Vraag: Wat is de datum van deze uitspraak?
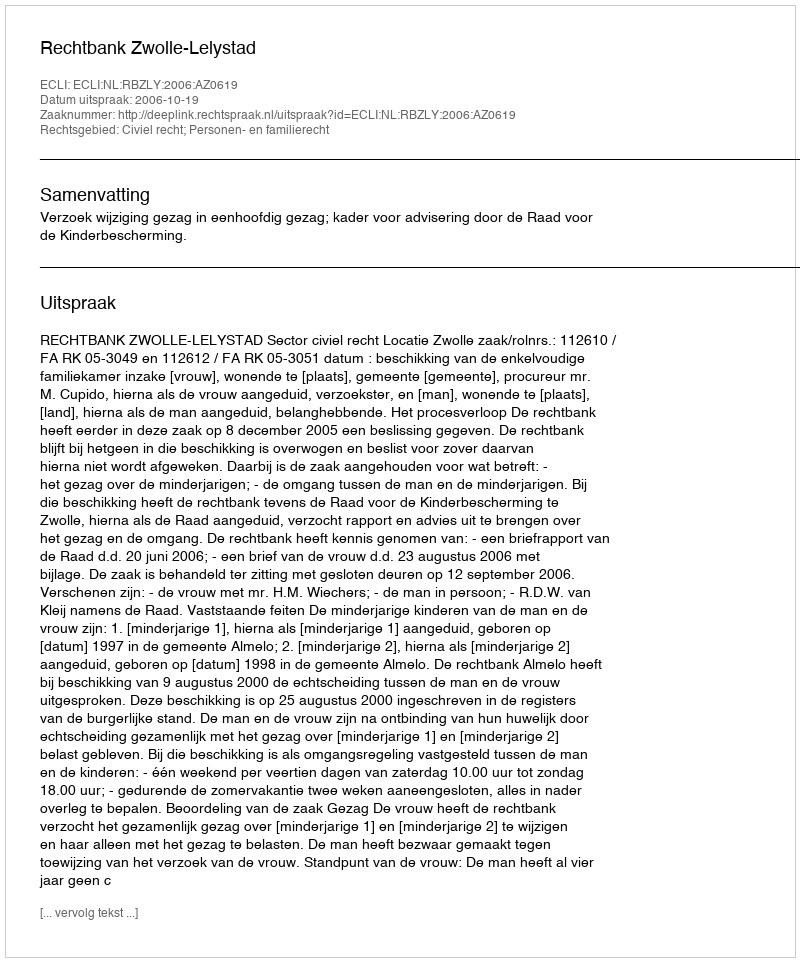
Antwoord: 2006-10-19